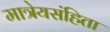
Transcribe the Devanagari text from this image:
मात्रेयसंहिता